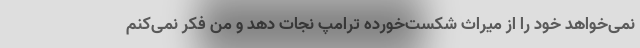
نمی‌خواهد خود را از میراث شکست‌خورده ترامپ نجات دهد و من فکر نمی‌کنم